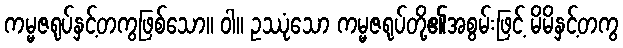
ကမ္မဇရုပ်နှင့်တကွဖြစ်သော။ ဝါ။ ဥဿုံသော ကမ္မဇရုပ်တို့၏အစွမ်းဖြင့် မိမိနှင့်တကွ